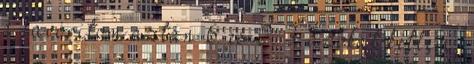
a favoritom aztán 6. és 2. 3. azokat kétlem,